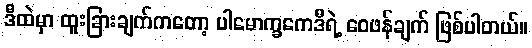
ဒီထဲမှာ ထူးခြားချက်ကတော့ ပါမောက္ခကေဒီရဲ့ ဝေဖန်ချက် ဖြစ်ပါတယ်။